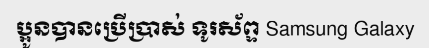
ប្អូនបានប្រើប្រាស់ ទូរស័ព្ទ Samsung Galaxy